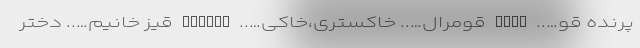
پرنده قو….. QUQU قومرال….. خاکستری،خاکی….. QUMRAL قیز خانیم….. دختر